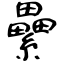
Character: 纍